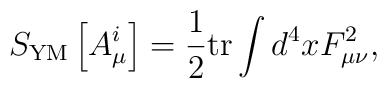
S_{\rm YM}\left[A_\mu^i\right]=\frac12{\rm tr}\int d^4x F_{\mu\nu}^2,